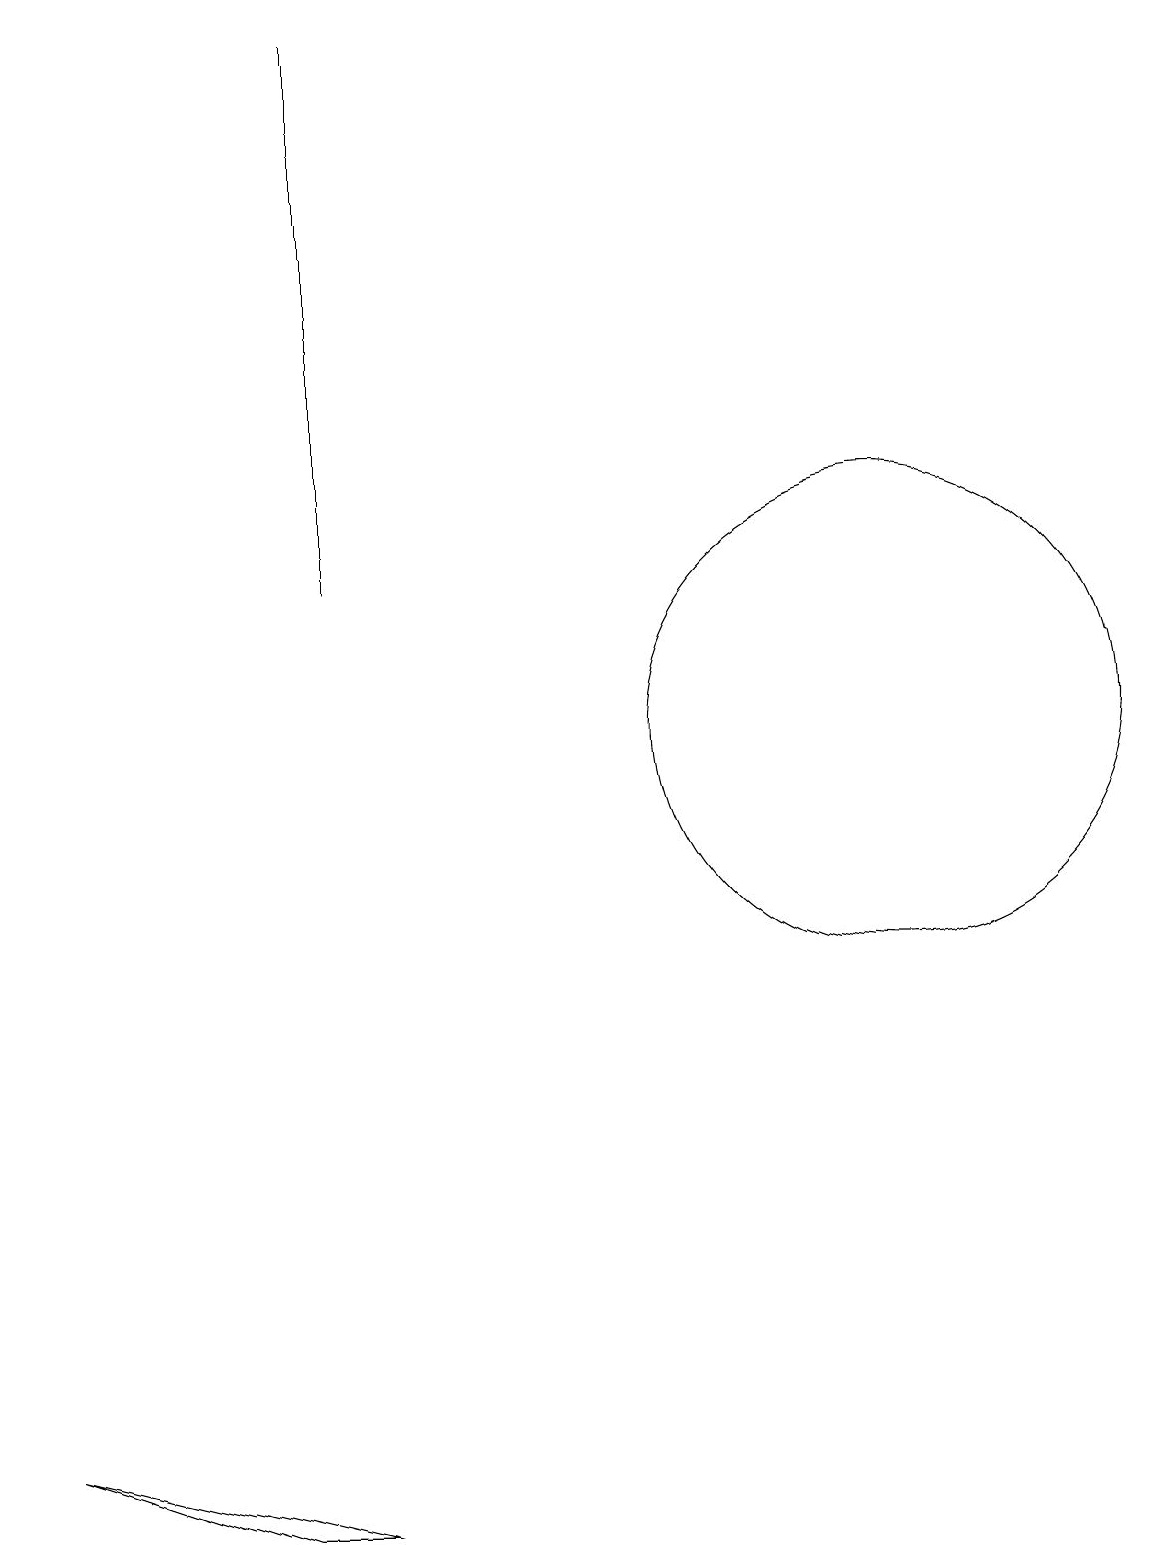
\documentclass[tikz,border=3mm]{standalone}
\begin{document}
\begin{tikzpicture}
\draw (4,12) rectangle (4,19);
\draw (11,12) circle (0);
\draw (11,10) circle (3);
\draw (0,1) -- (4,0) -- (3,0) -- cycle;
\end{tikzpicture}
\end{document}